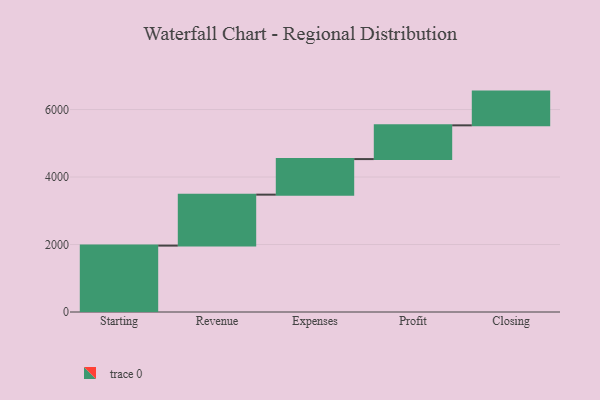
{"axis": {"x": "Step", "y": "Value"}, "legend": [""], "data": [{"x": "Starting", "y": 1968.0, "type": ""}, {"x": "Revenue", "y": 1510.0, "type": ""}, {"x": "Expenses", "y": 1054.0, "type": ""}, {"x": "Profit", "y": 1000, "type": ""}, {"x": "Closing", "y": 1000, "type": ""}]}